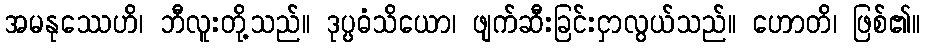
အမနုဿေဟိ၊ ဘီလူးတို့သည်။ ဒုပ္ပဓံသိယော၊ ဖျက်ဆီးခြင်းငှာလွယ်သည်။ ဟောတိ၊ ဖြစ်၏။